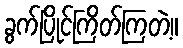
ခွက်ပြိုင်ကြိတ်ကြတဲ့။